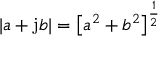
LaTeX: | a + \mathrm { j } b | = \left[ a ^ { 2 } + b ^ { 2 } \right] ^ { \frac { 1 } { 2 } }